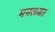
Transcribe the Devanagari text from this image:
मनक़बत